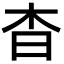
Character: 杳